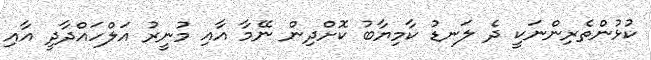
ކުޅުންތެރިންނަކީ ދެ ލަނޑު ކާމިޔާބު ކޮށްދިން ނޭމާ އާއި މުނީރު އަލްހައްދާދީ އާއި